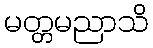
မတ္တမညာသိ